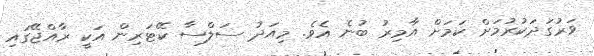
ވަރުގަދަކުރުމަށް ކަމަށް އާމިރު ބުނެ އެވެ. މިއަދު ސަލްސާ ކޭޓަރިން އަކީ ރާއްޖޭގައި